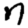
Digit: 7